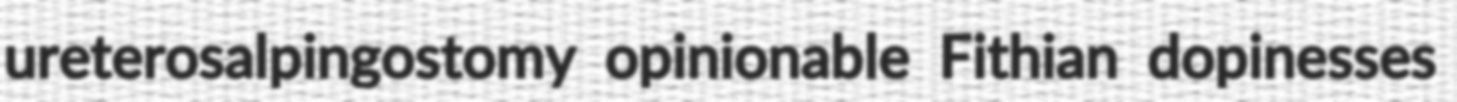
ureterosalpingostomy opinionable Fithian dopinesses